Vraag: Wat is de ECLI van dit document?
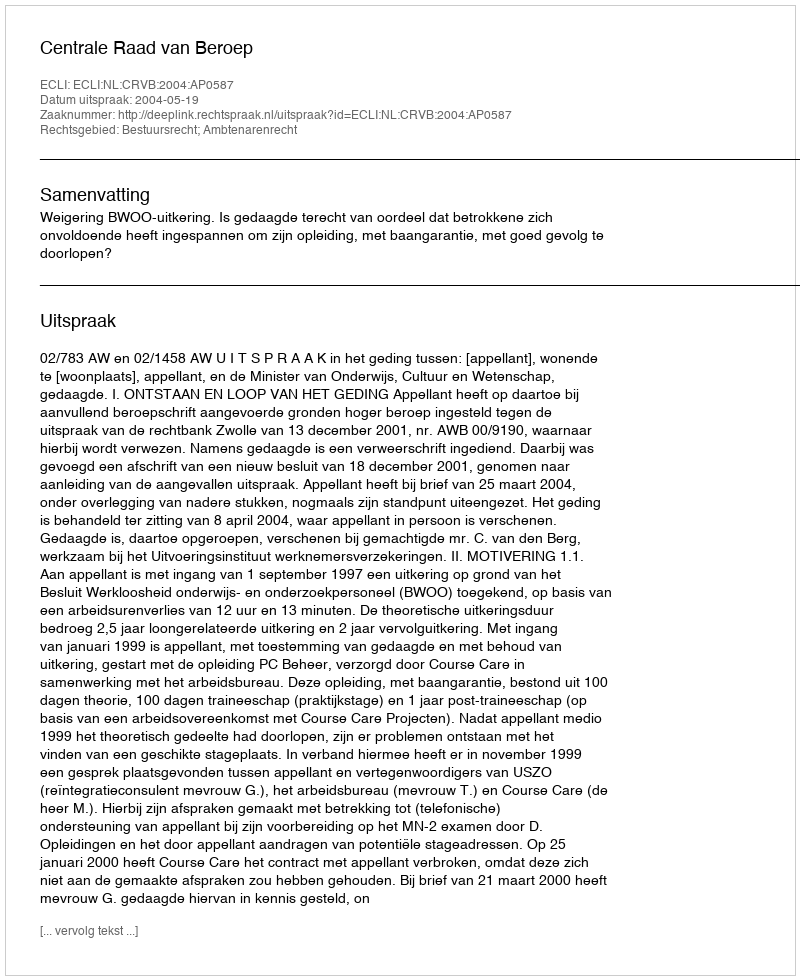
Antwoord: ECLI:NL:CRVB:2004:AP0587